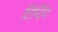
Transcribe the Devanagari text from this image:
टिन्टिंग